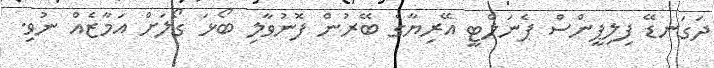
ދަގަނޑޭ ފިލިޕީންސް ޕެނަލްޓީ އޭރިޔާގެ ބޭރުން ފޮނުވާލި ބޯޅަ ގޯލަށް އަމާޒެއް ނުވި.